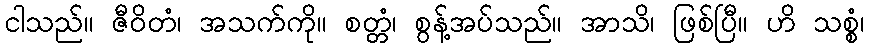
ငါသည်။ ဇီဝိတံ၊ အသက်ကို။ စတ္တံ၊ စွန့်အပ်သည်။ အာသိ၊ ဖြစ်ပြီ။ ဟိ သစ္စံ၊